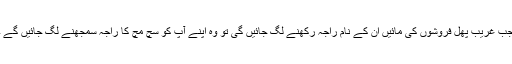
جب غریب پھل فروشوں کی مائیں ان کے نام راجہ رکھنے لگ جائیں گی تو وہ اپنے آپ کو سچ مچ کا راجہ سمجھنے لگ جائیں گے ۔